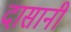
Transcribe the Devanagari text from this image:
दासानी